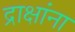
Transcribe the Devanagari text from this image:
द्राक्षांना